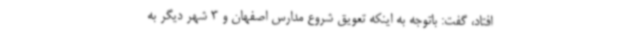
افتاد، گفت: باتوجه به اینکه تعویق شروع مدارس اصفهان و 3 شهر دیگر به